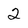
Character: 2